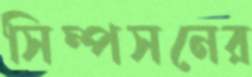
সিম্পসনের